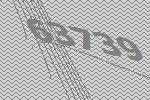
63739